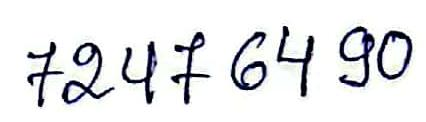
7247 64 90